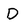
Character: D